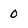
Character: 0